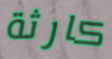
كارثة